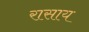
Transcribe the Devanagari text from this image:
रासाय